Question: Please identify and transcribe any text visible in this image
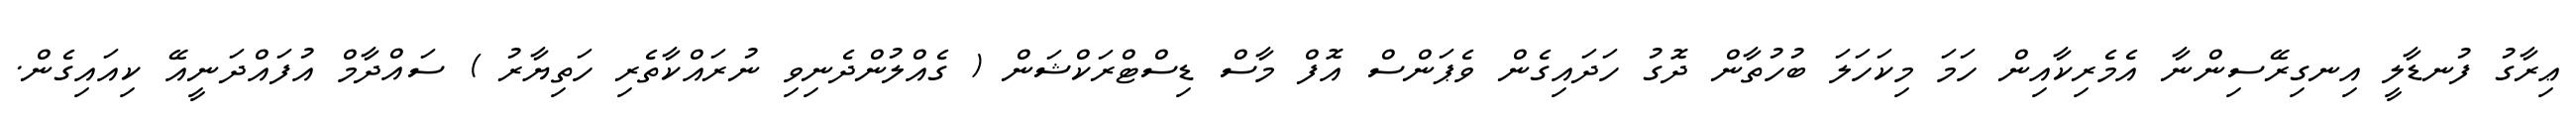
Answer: ޢިރާގު ފުނޑާލީ އިނގިރޭސިންނާ އެމެރިކާއިން ހަމަ މިކަހަލަ ބުހުތާން ދޮގު ހަދައިގެން ވެޕަންސް އޮފް މާސް ޑިސްޓްރަކްޝަން ( ގެއްލުންދެނިވި ނުރައްކާތެރި ހަތިޔާރު ) ސައްދާމް އުފައްދަނީއޭ ކިއައިގެން.